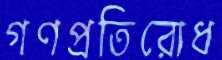
গণপ্রতিরোধ